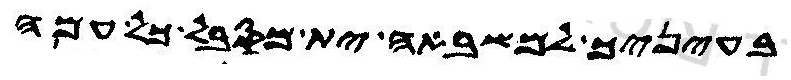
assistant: בעיניך למשבאה ית מסבל כל עמה